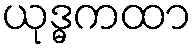
ယုဒ္ဓကထာ